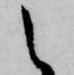
之